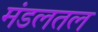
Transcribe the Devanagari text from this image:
मंडलतल